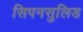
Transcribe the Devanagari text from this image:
सिपनसुलिड